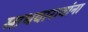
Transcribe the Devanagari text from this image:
माधवारावांना